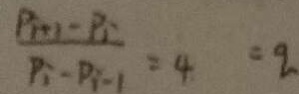
\frac { P _ { i + 1 } - P _ { 1 } } { P _ { i } - P _ { i - 1 } } = 4 = 9